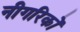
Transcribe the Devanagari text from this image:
नीगरिकों